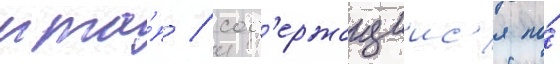
мта́п / сод'ержащиис'я по́